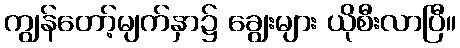
ကျွန်တော့်မျက်နှာ၌ ချွေးများ ယိုစီးလာပြီ။